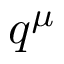
q ^ { \mu }